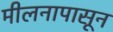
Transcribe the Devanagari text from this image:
मीलनापासून